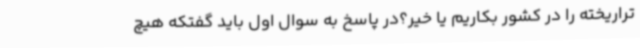
تراریخته را در کشور بکاریم یا خیر؟در پاسخ به سوال اول باید گفتکه هیچ